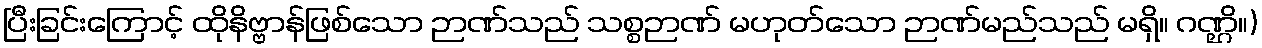
ပြီးခြင်းကြောင့် ထိုနိဗ္ဗာန်ဖြစ်သော ဉာဏ်သည် သစ္စဉာဏ် မဟုတ်သော ဉာဏ်မည်သည် မရှိ။ ဂဏ္ဌိ။)